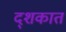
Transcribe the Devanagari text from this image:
द्शकात